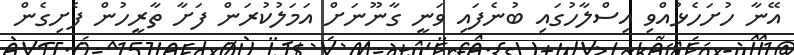
އޭނާ ހުށަހެޅުއްވި އިސްލާހުގައި ބުނެފައި ވަނީ ގާނޫނަށް އަމަލުކުރަން ފަށާ ތާރީހުން ފެށިގެން